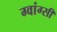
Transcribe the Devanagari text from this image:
ग्वांग्सी